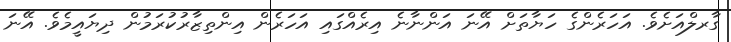
ގާރލްއަށެވެ. އަހަރެންގެ ހަޔާތަށް އޭނަ އަންނާނެ އިރެއްގައި އަހަރެން އިންތިޒާރުކުރަމުން ދިޔައީމެވެ. އޭނަ